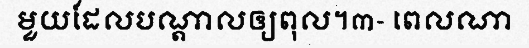
មួយដែលបណ្តាលឲ្យពុល។៣- ពេលណា